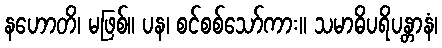
နဟောတိ၊ မဖြစ်။ ပန၊ စင်စစ်သော်ကား။ သမာဓိပရိပန္တာနံ၊